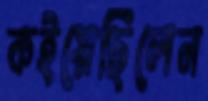
কইয়েছিলেন